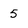
Character: 5